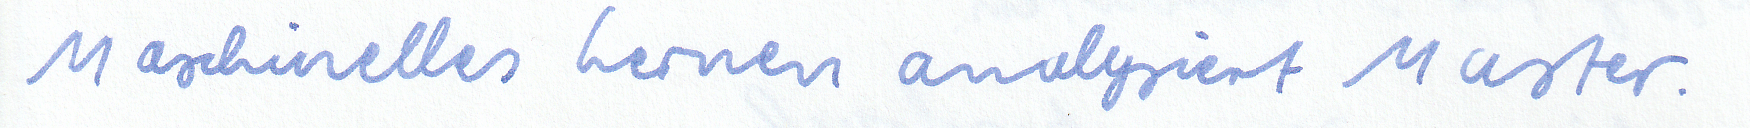
Maschinelles Lernen analysiert Muster.